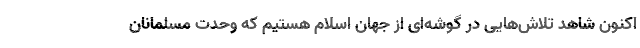
اکنون شاهد تلاش‌هایی در گوشه‌ای از جهان اسلام هستیم که وحدت مسلمانان